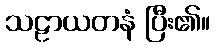
သဠာယတနံ ပြီး၏။